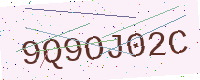
Text: 9Q9OJ02C